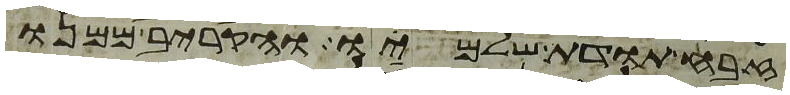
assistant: זבח תודת שלמיו והקריב ממנו